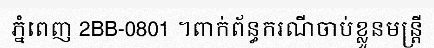
ភ្នំពេញ 2BB-0801 ។ពាក់ព័ន្ធករណីចាប់ខ្លួនមន្ត្រី